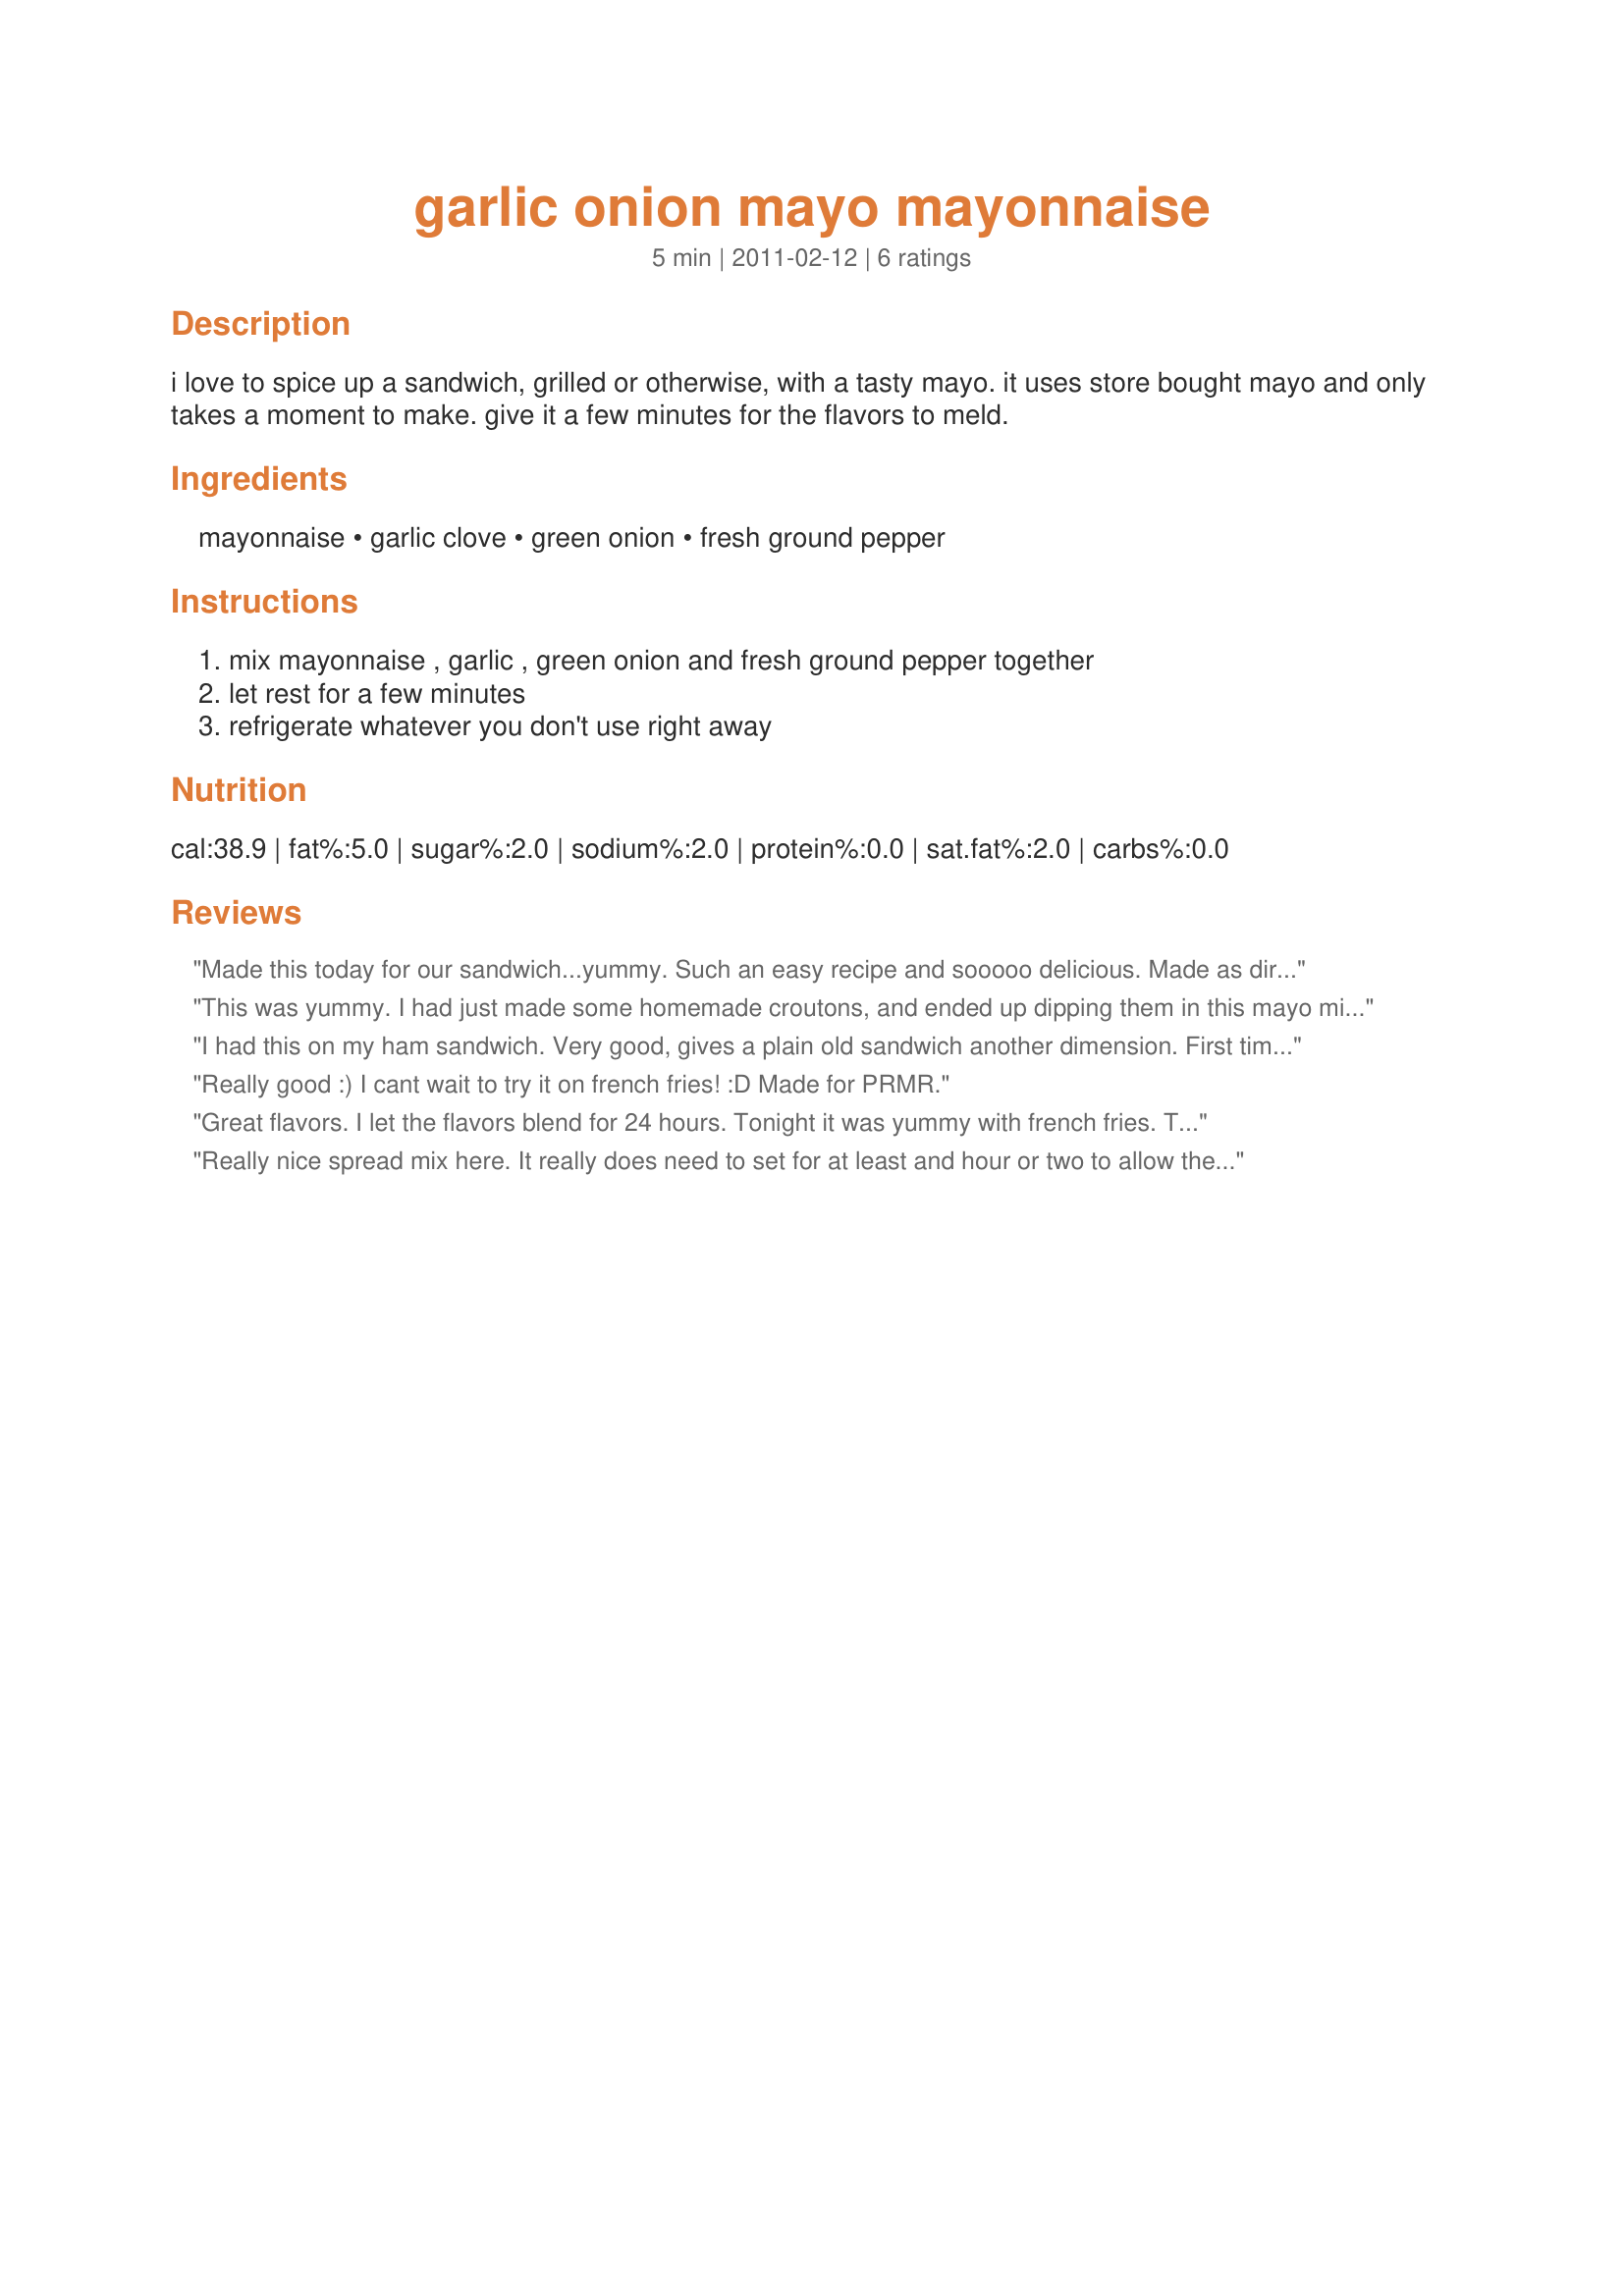
garlic onion mayo mayonnaise
Preparation time: 5 minutes

i love to spice up a sandwich, grilled or otherwise, with a tasty mayo. it uses store bought mayo and only takes a moment to make. give it a few minutes for the flavors to meld.

Ingredients:
mayonnaise, garlic clove, green onion, fresh ground pepper

Steps:
mix mayonnaise , garlic , green onion and fresh ground pepper together, let rest for a few minutes, refrigerate whatever you don't use right away

Reviews:
Made this today for our sandwich...yummy. Such an easy recipe and sooooo delicious. Made as directed. Thank you. Made for New Kids on the Block Tag game.
This was yummy. I had just made some homemade croutons, and ended up dipping them in this mayo mix. Thanks! Made for PRMR.
I had this on my ham sandwich. Very good, gives a plain old sandwich another dimension. First time I used a garlic clove and chopped onions. Didn't know how long you could keep this in the frig. so next time I made it using garlic powder and onion powder. Still very good and wasn't as worried about keeping it for some time.
Really good :) I cant wait to try it on french fries! :D Made for PRMR.
Great flavors. I let the flavors blend for 24 hours. Tonight it was yummy with french fries. Thanks Margie :) Made for New Kids on the Block tag game
Really nice spread mix here. It really does need to set for at least and hour or two to allow the flavors to blend. Which they do, and very nicely. I served it as a sandwich spread for roast beef sandwiches. Next time, we may add a little horseradish for kicks, lol. Thanks for sharing. Made for PRMR.
